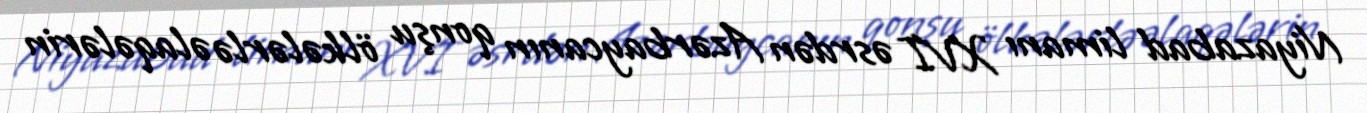
Niyazabad limanı XVI əsrdən Azərbaycanın qonşu ölkələrlə əlaqələrin